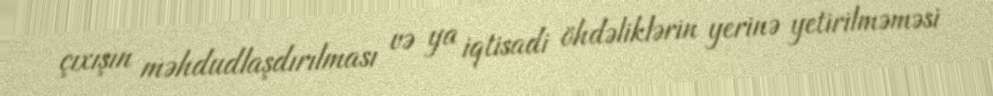
çıxışın məhdudlaşdırılması və ya iqtisadi öhdəliklərin yerinə yetirilməməsi